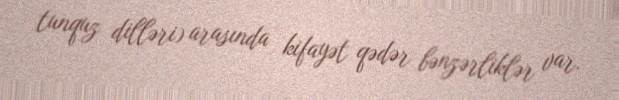
tunquz dilləri) arasında kifayət qədər bənzərliklər var.